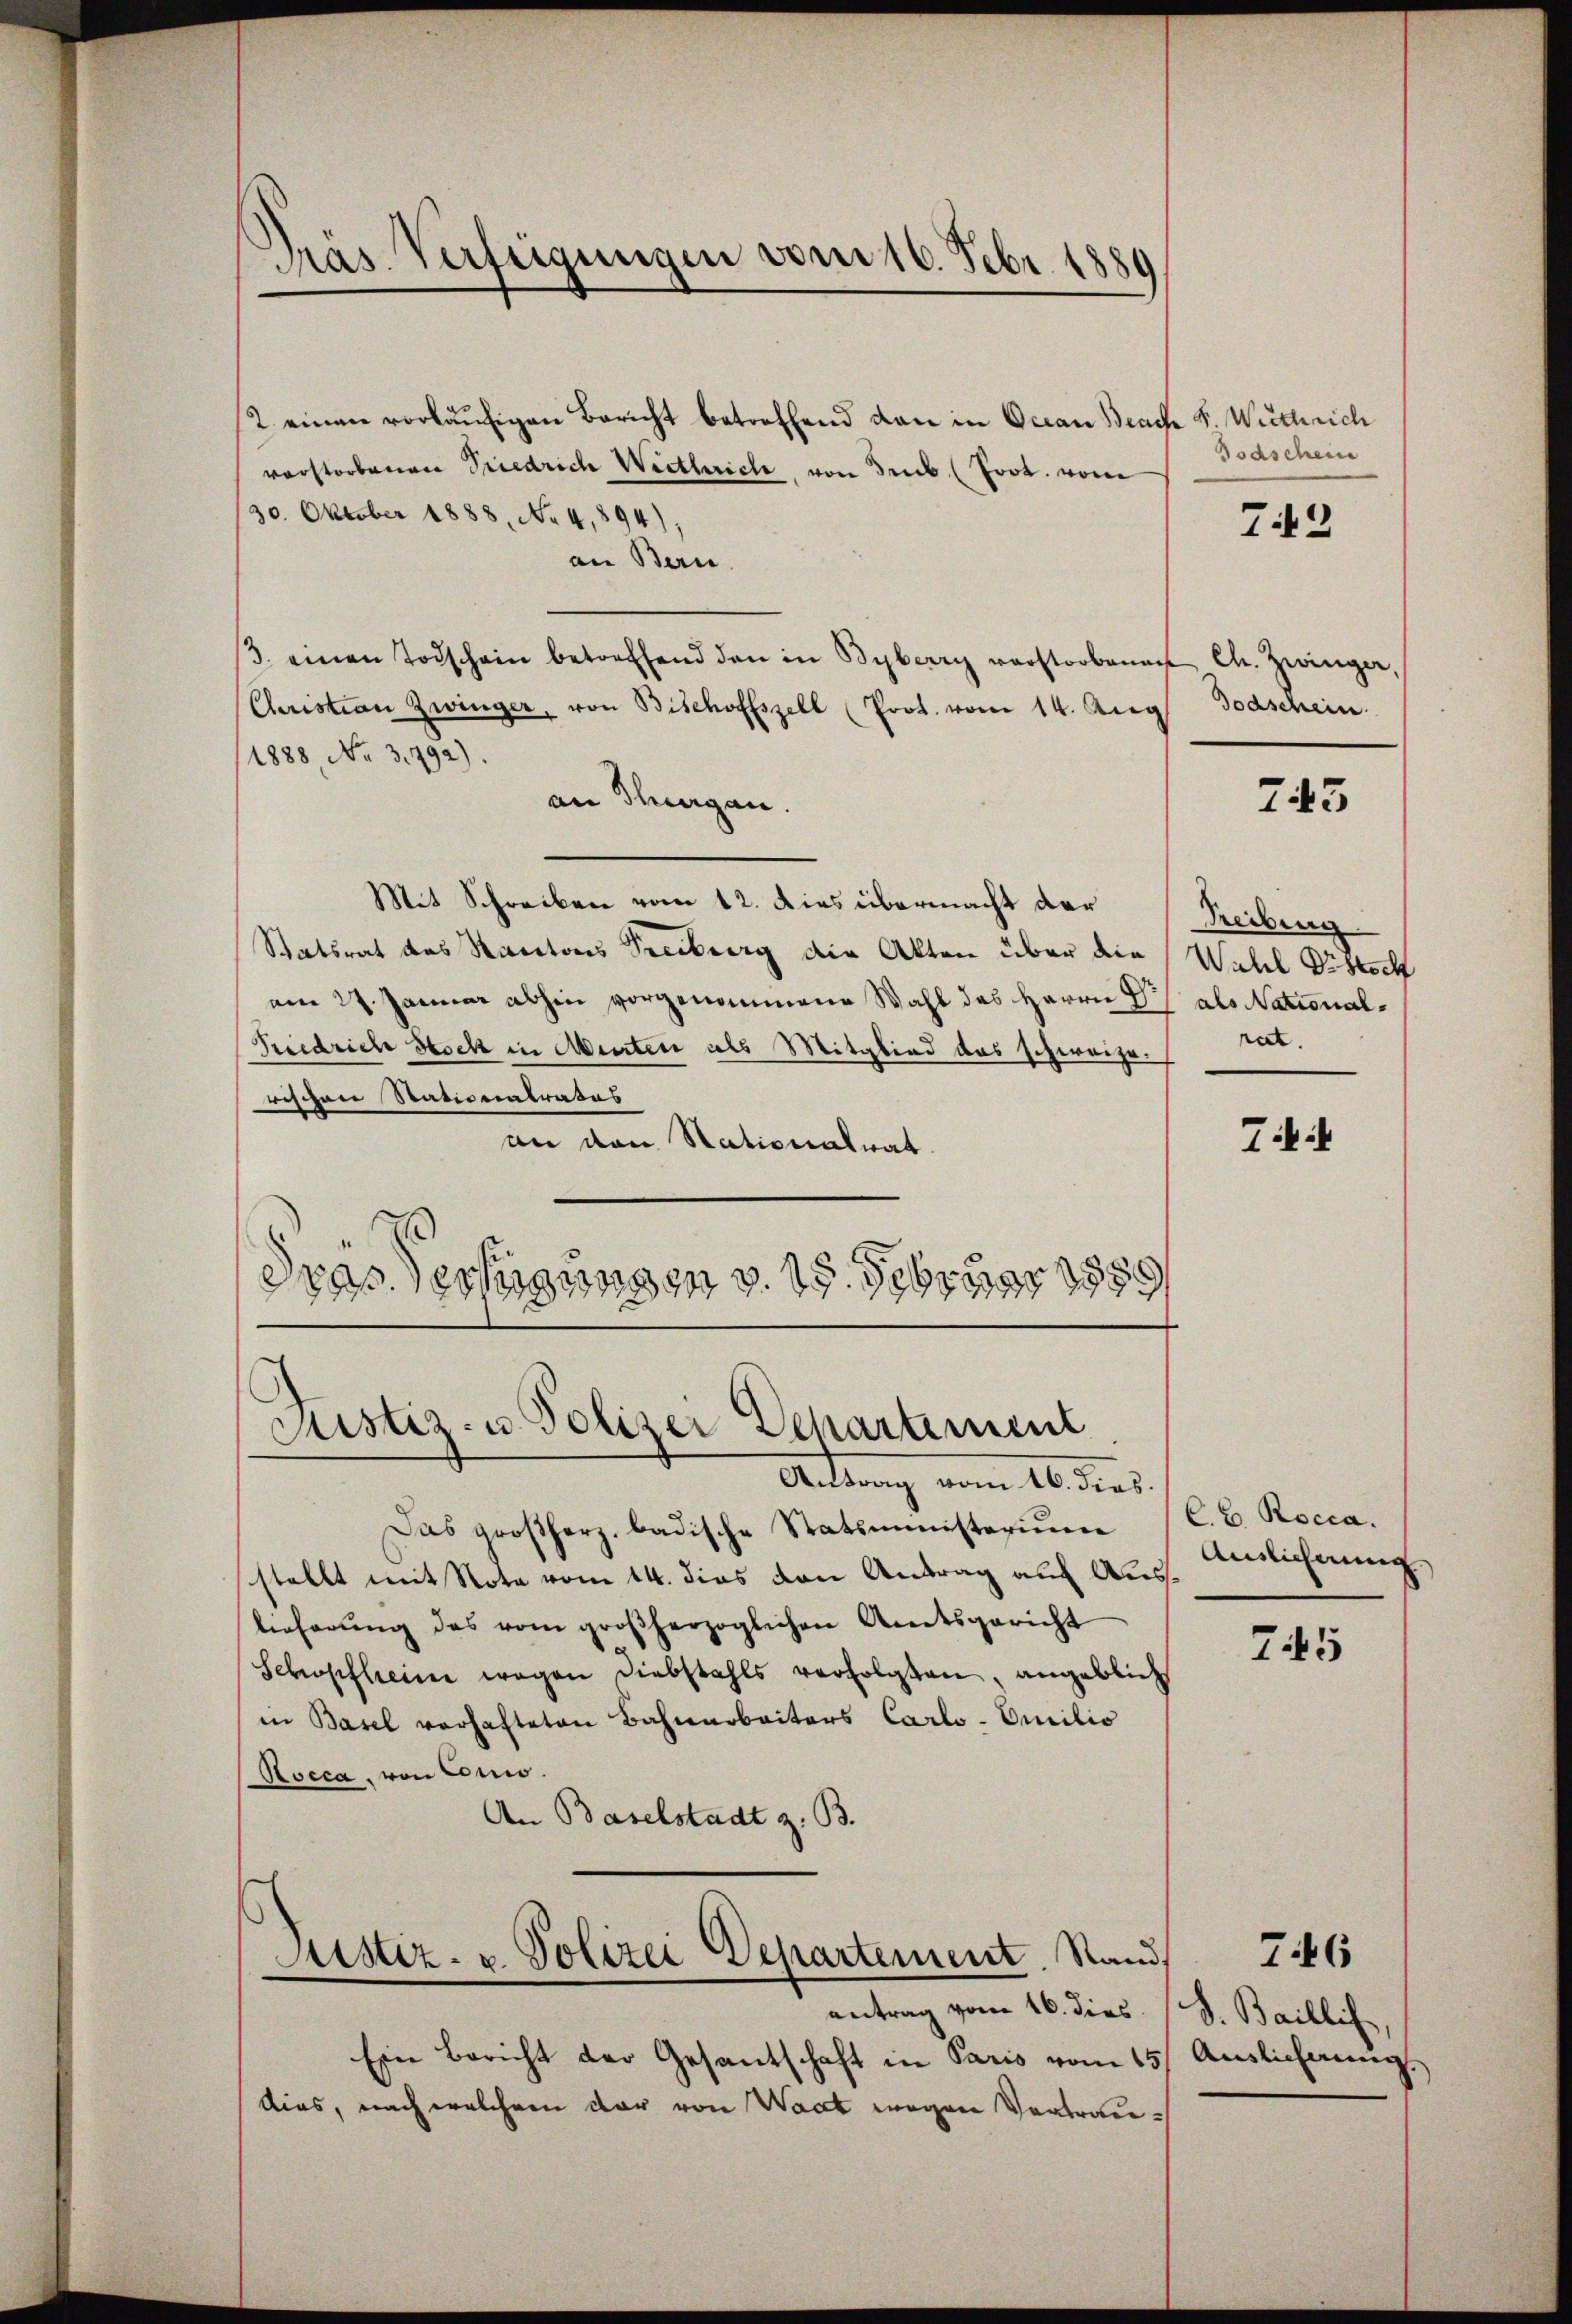
Präs. Verfügungen vom 16. Febr. 1889

2. einen vorläufigen Bericht betreffend dan in Ocean Brache F. Wirthrich
vorstorbenen Priedrich Wertlich, von Trub (Prot. vom
30. Oktober 1888, No 4,894),
an Bern.
3. einen Todschein betreffend den in Byberry verstorbenen Ch. Zwinger,
Christian Zwinger, von Bischoffszell (Prot. vom 14. Aug. Todschein.
/1888 No. 3.792).
an Thurgau.
Mit Schreiben vom 12. Dies übermacht der
Statsrat des Kantons Treiburg die Akten über die
am 27. Januar abhin vorgenommene Wahl des Herrn Pr
Friedrich Stock in Meirten als Mitglied das schweizerischen Stativentrates
an den Stationalrat.
dras Vertigungen v. 17. Februar 1889

Justiz- u. Polizei Departement

Justiz- u. Polizei Departement. Stand
antrag vom 16. dies

Antrag vom 16. dies.
Das großherz. badische Statsministerium
stellt mit Note vom 14. dies den Antrag auf Auslieferŭng des vom großherzoglichen Amtsgericht
Schopfheim wegen Diebstahls verfolgten, angeblich
in Basel verhafteten Bahnarbeiters Carlo-Omilio
Rocca, von Conio.
An Baselstadt z. B.

Ein Bericht der Gesantschaft in Paris vom 15.
Aias, nach welchem dar von Waat wegen Vertrau¬

Bodschein

7.42

745

Treibung
Wahl Postsch
als National-
rat.

Tii

Cb. Rocca.
Auslichnung

745

.
S. Bailli
Auslicherung.

746